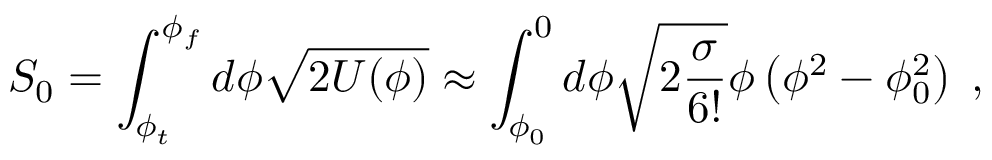
{ \cal S } _ { 0 } = \int _ { \phi _ { t } } ^ { \phi _ { f } } d \phi \sqrt { 2 U ( \phi ) } \approx \int _ { \phi _ { 0 } } ^ { 0 } d \phi \sqrt { 2 \frac { \sigma } { 6 ! } } \phi \left( \phi ^ { 2 } - \phi _ { 0 } ^ { 2 } \right) \; ,